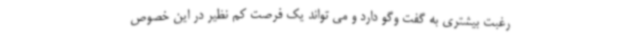
رغبت بیشتری به گفت وگو دارد و می تواند یک فرصت کم نظیر در این خصوص